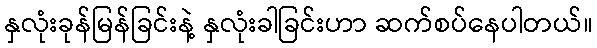
နှလုံးခုန်မြန်ခြင်းနဲ့ နှလုံးခါခြင်းဟာ ဆက်စပ်နေပါတယ်။